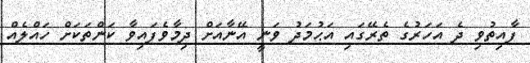
ފާއިތުވި ދެ އަހަރުގެ ތެރޭގައި އަޙުމަދު ވަނީ އޭނާއަށް ދިމާވެފައިވާ ކަންތަކަށް ހައްލެއް